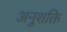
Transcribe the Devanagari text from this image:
अनुशक्ति